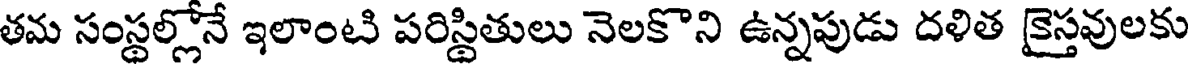
తమ సంస్థల్లోనే ఇలాంటి పరిస్థితులు నెలకొని ఉన్నపుడు దళిత కైస్తవులకు